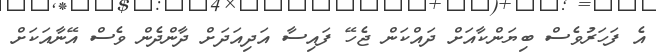
އެ ފަހަރުވެސް ބިޔަންކާއަށް ދައްކަން ޖެހޭ ފައިސާ އަދިއަދަށް ދާންދެން ވެސް އޭނާއަކަށް